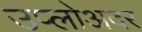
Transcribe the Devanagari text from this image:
उप्लोअदर